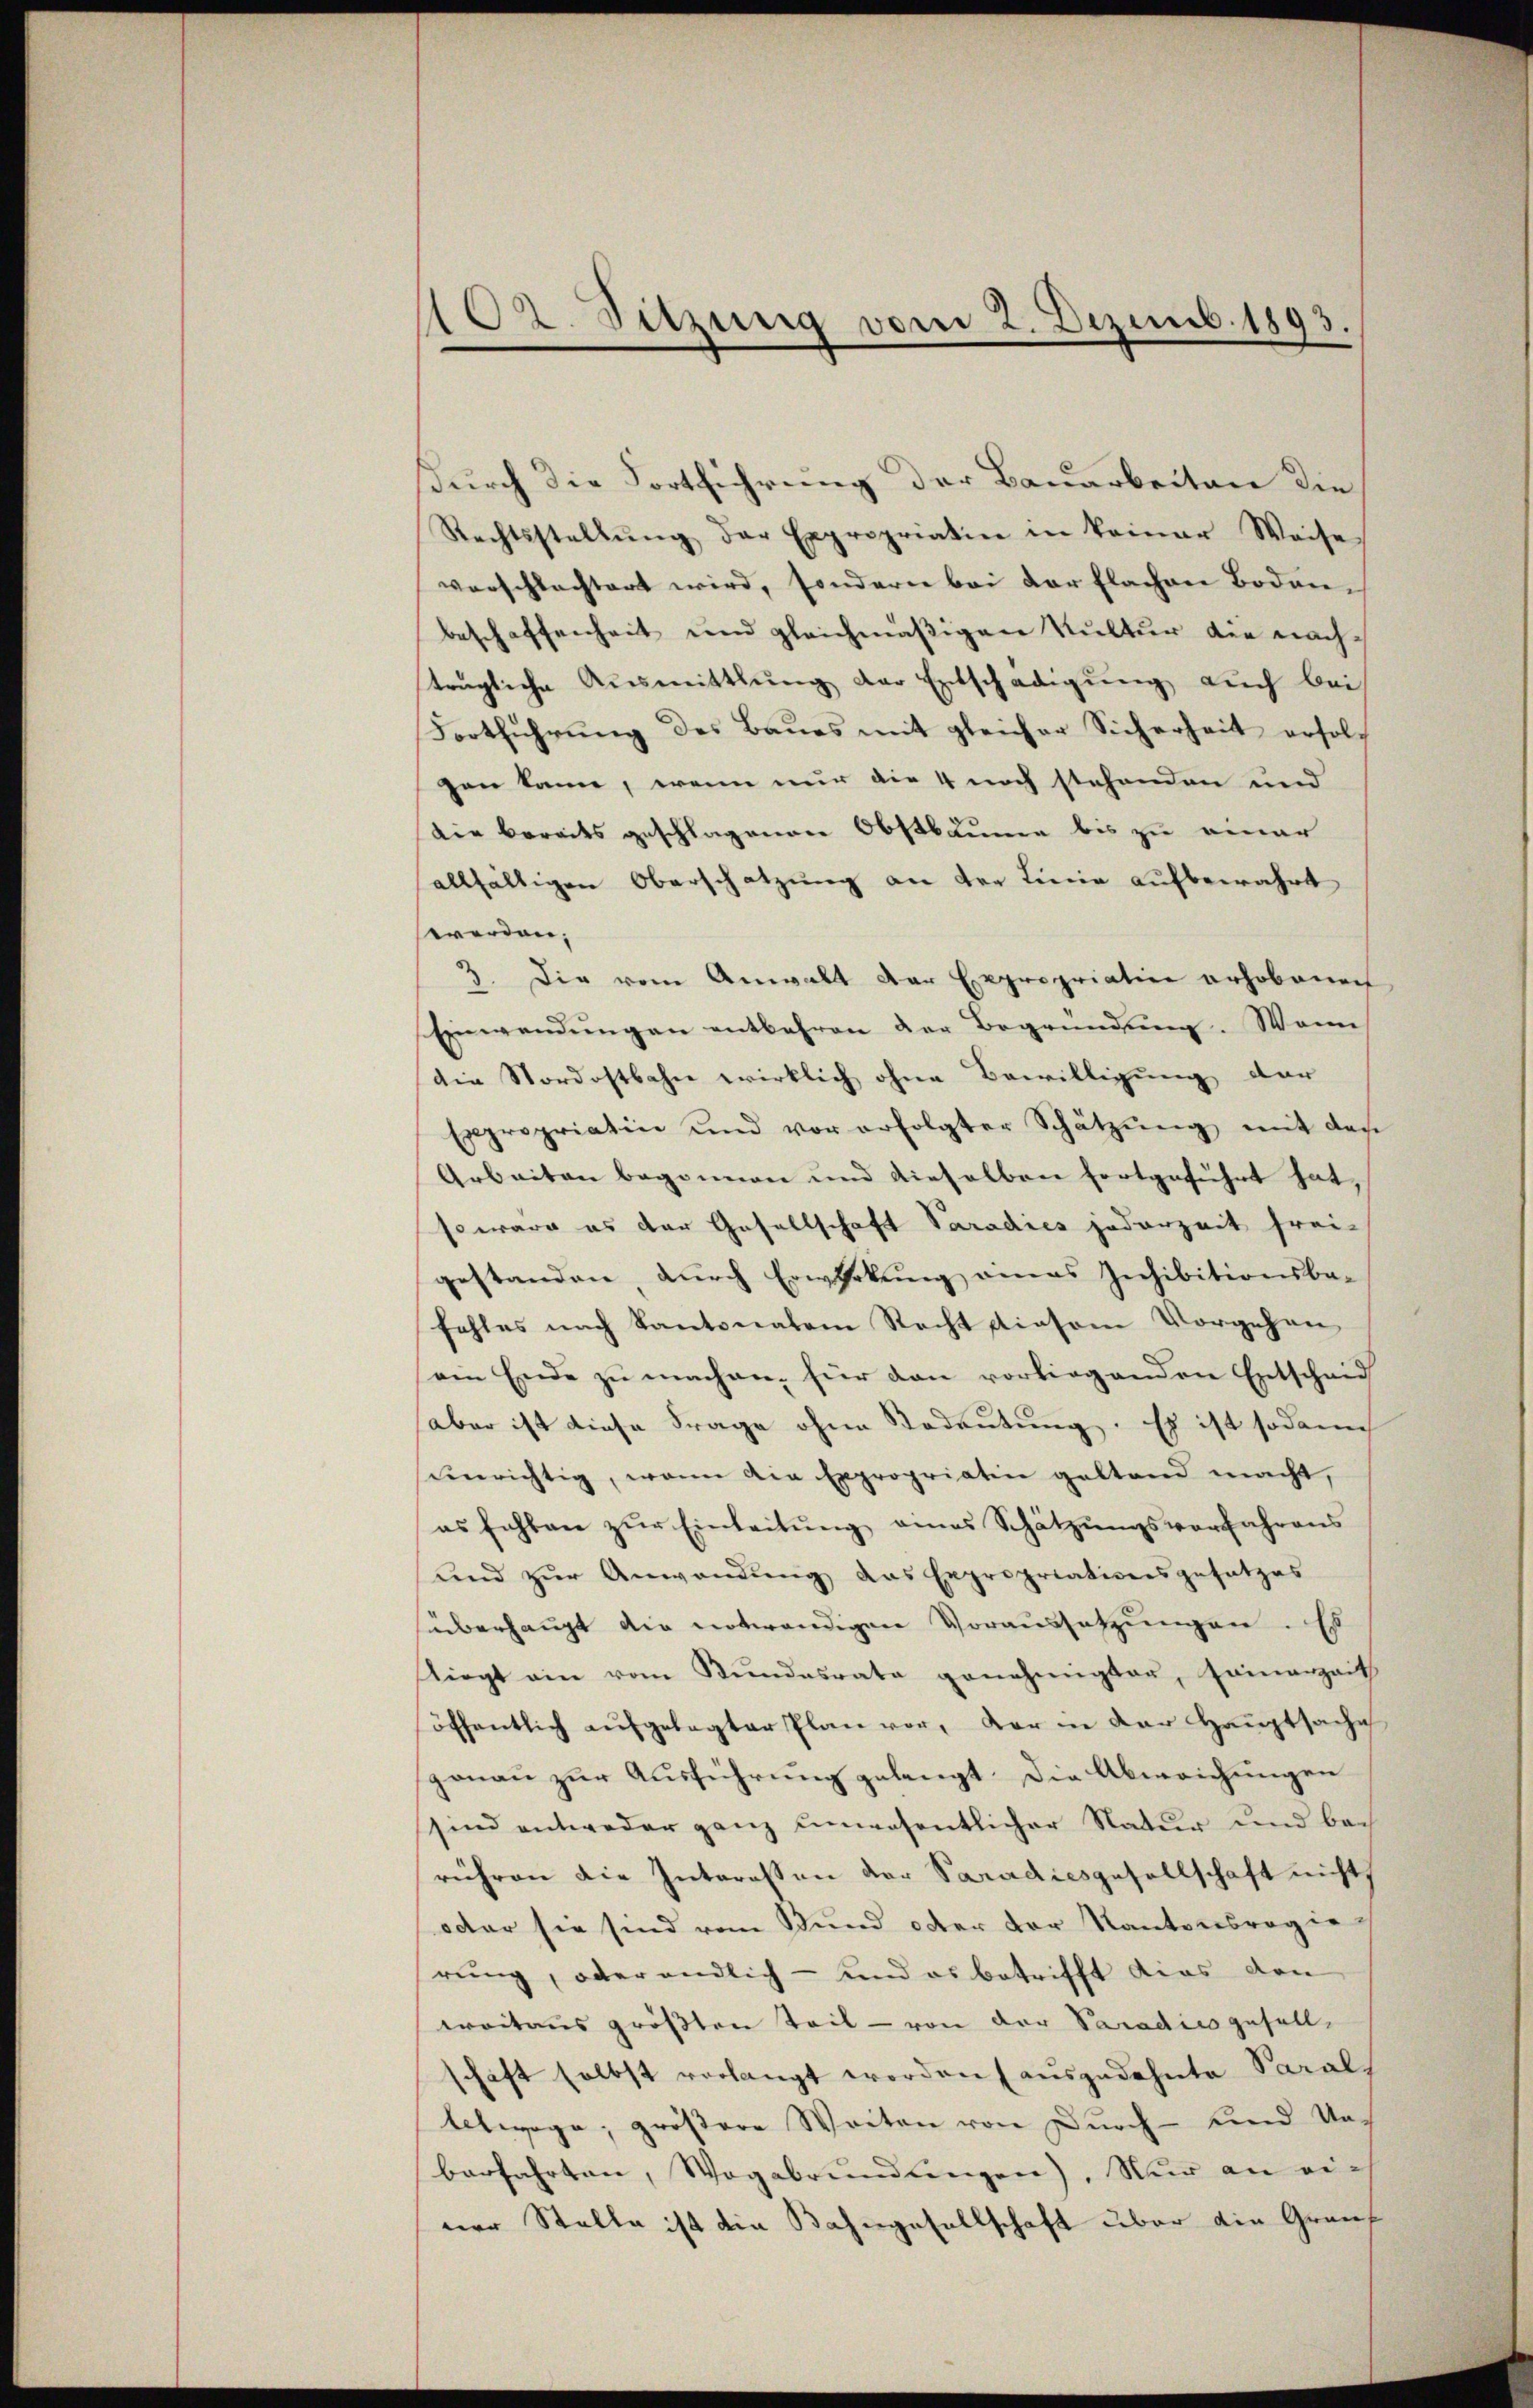
102. Sitzung vom 2. Dezemb. 1893.

urch die Fortführung der Bauarbeiten die
Rechtsstellŭng der Expropriatin in keiner Weise
verschlechtert wird, sondern bei der flachen Boden-
beschaffenheit und gleichmäßigen Kultur die nachträgliche Aŭsmittlung der Entschädigŭng auch bei
Fortführŭng des Baŭes mit gleicher Sicherheit erfolgen kann, wenn nur die 4 noch stehenden und
Die Berades geschlagenen Obstbäume bis zu einer
allfältigen Oberschatzung an der Linie aufbewahrt
werden;
3. Die vom Anwalt der Expropriation erhobenen
Einwendŭngen entbehren der Begründŭng. Wenn
die Nordostbahn wirklich ohne Bewilligung der
Expropriatin und vor erfolgter Schätzŭng mit der
Arbeiten begonnen und dieselben fortgeführt hat,
so wäre es der Gesellschaft Paradies jederzeit frei-
gestanden, durch Erwirkung amas Inhibitionsbe-
fehles nach Kantonalem Recht diesem Vorgehen
ein Ende zu machen, für den vorliegenden Entscheid
(aber ist diese Frage ohne Kodeutung. Es ist sodann
unrichtig, wenn die Expropriatin geltend macht,
es fehlen zur Einleitung eines Schätzungsverfahrens
und zur Anwendung das Expropriationsgesetzes
überhaupt die notwendigen Voraussetzungen. Es
Kiegt ein vom Bŭndesrata genehmigter, samerzeit
öffentlich aufgelegter Plan vor, der in der Hauptsache
gonau zur Ausführung gelangt. Die Abweichungen
sind entweder ganz unwesentlicher Natur und bei
rühren die Interessen der Paradiesgesellschaft nicht
octor sie sind vom Bund oder der Kantonsregie
rung, oder endlich - und es betrifft dies den
woitaus größten Teil - von der Paradico gesell-
schaft selbst verlangt worden (ausgedehnte Sarals
tetwege, größere Weiten von Durch- und Nac
berfahrten, Wagabründungen). Nur an einer Stelle ist die Bahngesellschaft über die Grauf